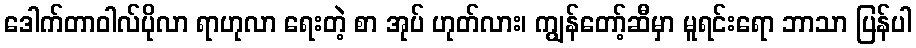
ဒေါက်တာဝါလ်ပိုလာ ရာဟုလာ ရေးတဲ့ စာ အုပ် ဟုတ်လား၊ ကျွန်တော့်ဆီမှာ မူရင်းရော ဘာသာ ပြန်ပါ